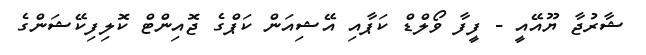
ޝާރުޖާ ޔޫއޭއީ - ފީފާ ވޯލްޑް ކަޕާއި އޭޝިއަން ކަޕްގެ ޖޮއިންޓް ކޮލިފިކޭޝަންގެ